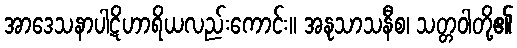
အာဒေသနာပါဋိဟာရိယလည်းကောင်း။ အနုသာသနီစ၊ သတ္တဝါတို့၏